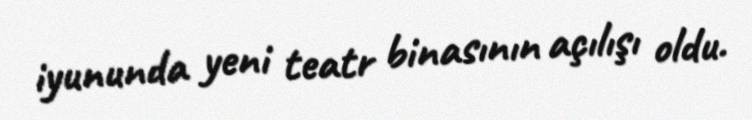
iyununda yeni teatr binasının açılışı oldu.